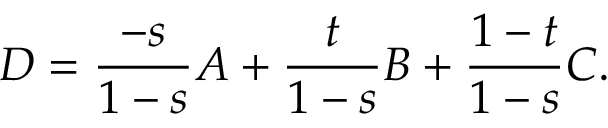
D = \frac { - s } { 1 - s } A + \frac { t } { 1 - s } B + \frac { 1 - t } { 1 - s } C .